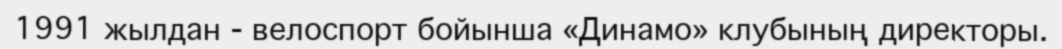
1991 жылдан - велоспорт бойынша «Динамо» клубының директоры.